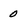
Character: 0